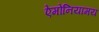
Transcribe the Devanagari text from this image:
ऐमोनियामय